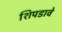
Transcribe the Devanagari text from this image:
शिपडावे